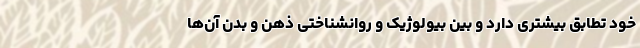
خود تطابق بیشتری دارد و بین بیولوژیک و روانشناختی ذهن و بدن آن‌ها